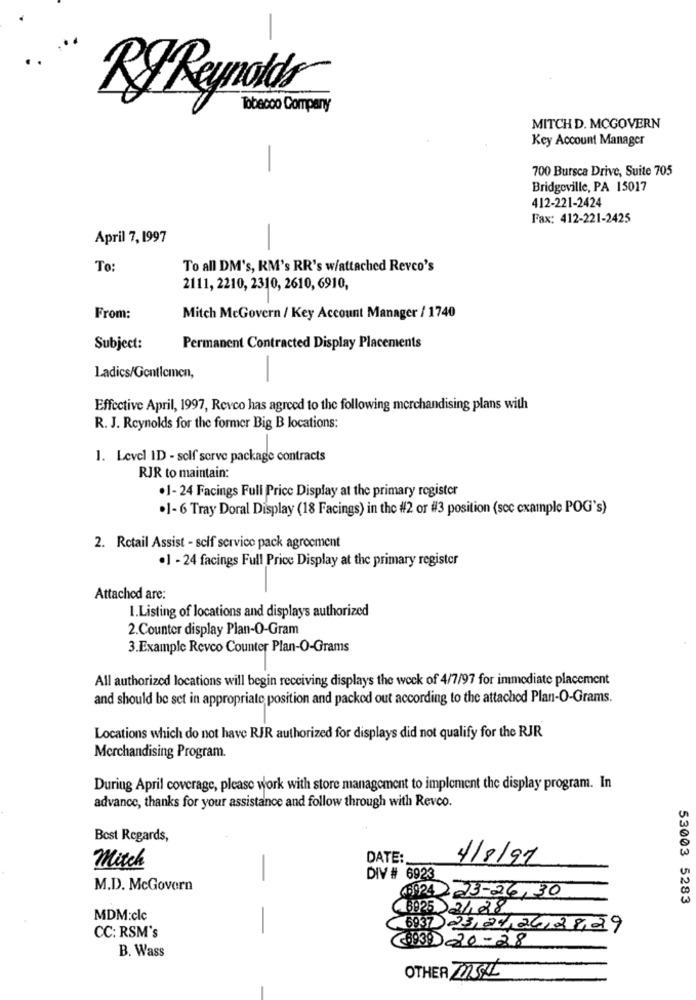
RFReynolds
Tobacco Company
MITCH D. MCGOVERN
Key Account Manager
-
700 Bursca Drive, Suite 705
Bridgeville, PA 15017
412-221-2424
Fax: 412-221-2425
April 7, 1997
-
To
To all DM's, KM's RR's w/attached Revco's
2111, 2210, 2310, 2610, 6910,
From:
Mitch McGovern / Key Account Manager / 1740
Subject:
Permanent Contracted Display Placements
Ladics/Gentlemen,
Effective April, 1997, Revco has agreed to the following merchandising plans with
R. J. Reynolds for the former Big B locations:
1. Level 1D - self serve package contracts
RJR to maintain:
.1- 24 Facings Full Price Display at the primary register
.1- 6 Tray Doral Display (18 Facings) in the #2 or #3 position (scc example POG's)
2. Retail Assist - self service pack agreement
·1 - 24 facings Full Price Display at the primary register
Attached are:
1.Listing of locations and displays authorized
2.Counter display Plan-O-Gram
3.Example Revco Counter Plan-O-Grams
All authorized locations will begin receiving displays the week of 4/7/97 for immediate placement
and should be set in appropriate position and packed out according to the attached Plan-O-Grams.
Locations which do not have RIR authorized for displays did not qualify for the RJR
Merchandising Program.
During April coverage, please work with store management to implement the display program. In
advance, thanks for your assistance and follow through with Revco.
Best Regards,
DATE:
4/8/97
Mitch
DIV # 6923
M.D. McGovern
6924 23-26,30
53003 5283
8925 21,28
MDM:clc
-
6937 23,24, 26,28,29
CC: RSM's
B. Wass
(6939 20-28
OTHER INSAL